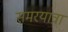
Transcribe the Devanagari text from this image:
समरयात्रा